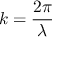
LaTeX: k = { \frac { 2 \pi } { \lambda } }